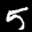
Label: 5